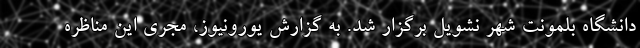
دانشگاه بلمونت شهر نشویل برگزار شد. به گزارش یورونیوز، مجری این مناظره